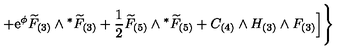
+ \mathrm { e } ^ { \phi } { \widetilde { F } } _ { ( 3 ) } \wedge { } ^ { * } { \widetilde { F } } _ { ( 3 ) } + \frac { 1 } { 2 } { \widetilde { F } } _ { ( 5 ) } \wedge { } ^ { * } { \widetilde { F } } _ { ( 5 ) } + C _ { ( 4 ) } \wedge H _ { ( 3 ) } \wedge F _ { ( 3 ) } \Big ] \Bigg \}